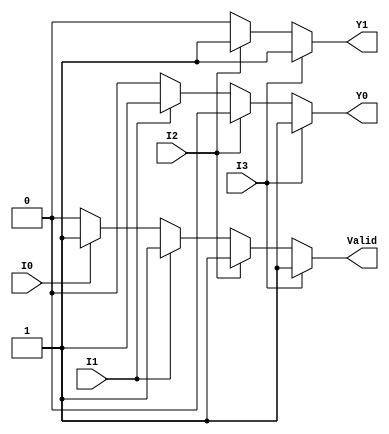
module priority_encoder_4_to_2 (
    input wire I0,  // Input 0
    input wire I1,  // Input 1
    input wire I2,  // Input 2
    input wire I3,  // Input 3
    output reg Y1,  // Most significant bit of the output
    output reg Y0,  // Least significant bit of the output
    output reg Valid // Valid output
);

    always @(*) begin
        // Default outputs
        Y1 = 0;
        Y0 = 0;
        Valid = 0;

        // Check for the highest priority active input
        if (I3) begin
            Y1 = 1;
            Y0 = 1;
            Valid = 1;
        end else if (I2) begin
            Y1 = 1;
            Y0 = 0;
            Valid = 1;
        end else if (I1) begin
            Y1 = 0;
            Y0 = 1;
            Valid = 1;
        end else if (I0) begin
            Y1 = 0;
            Y0 = 0;
            Valid = 1;
        end else begin
            Valid = 0; // No inputs active
        end
    end

endmodule